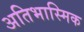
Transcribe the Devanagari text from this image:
अतिभास्मिक